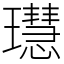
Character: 𤪳